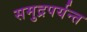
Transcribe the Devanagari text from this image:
समुद्रपर्यन्त